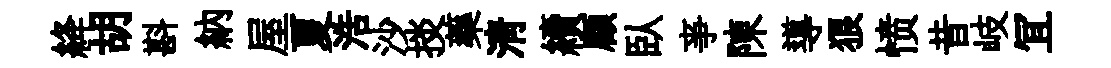
絳胡斟納屋夏浩沙掞藥淸續顧臥亊陳導狼愤昔岐冝